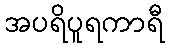
အပရိပူရကာရီ